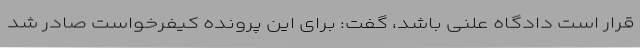
قرار است دادگاه علنی باشد، گفت: برای این پرونده کیفرخواست صادر شد